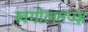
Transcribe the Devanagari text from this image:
खगोलतज्ज्ञ